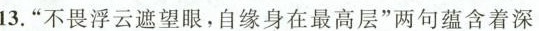
13. ”不畏浮云遮望眼，自缘身在最高层”两句蕴含着深